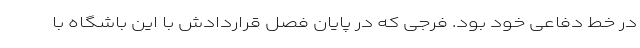
در خط دفاعی خود بود. فرجی که در پایان فصل قراردادش با این باشگاه با